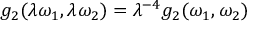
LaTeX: g _ { 2 } ( \lambda \omega _ { 1 } , \lambda \omega _ { 2 } ) = \lambda ^ { - 4 } g _ { 2 } ( \omega _ { 1 } , \omega _ { 2 } )